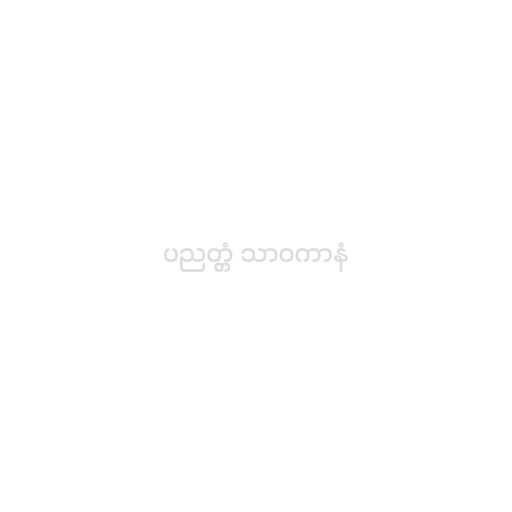
ပညတ္တံ သာဝကာနံ